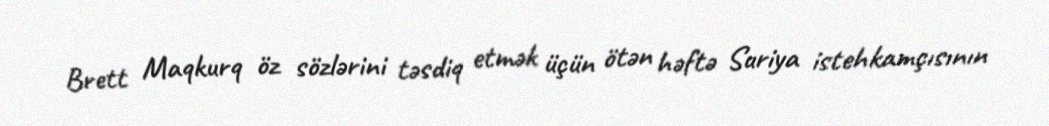
Brett Maqkurq öz sözlərini təsdiq etmək üçün ötən həftə Suriya istehkamçısının